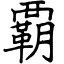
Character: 覇